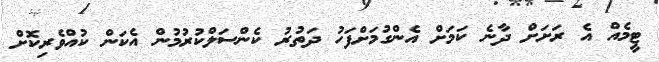
ޓީމެއް އެ ރަށަށް ދާނެ ކަމަށް އެންގުމަށްފަހު ދަތުރު ކެންސަލްކުރުމުން އެކަން ކުއްވެރިކޮށް